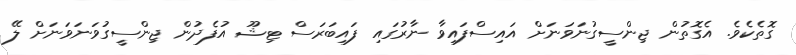
ގޮތެކެވެ. އެގޮތުން ޖިންސީގުނަވަނަށް އައިސްފައިވާ ނާރުގައި ފައިބަރަސް ޓިޝޫ އުފެދުން ޖިންސީގުވަނަވަނަށް ލޭ